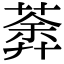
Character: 𦹍